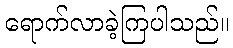
ရောက်လာခဲ့ကြပါသည်။